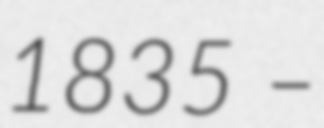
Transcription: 1835 –